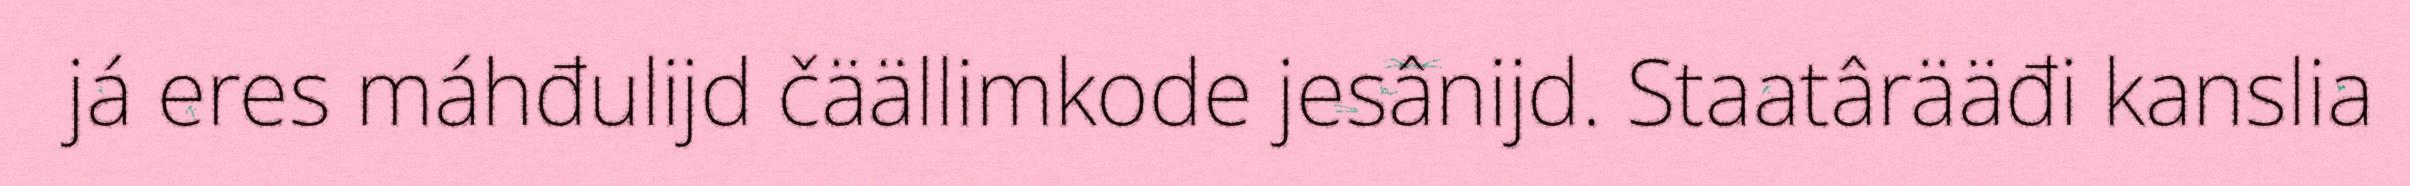
já eres máhđulijd čäällimkode jesânijd. Staatârääđi kanslia